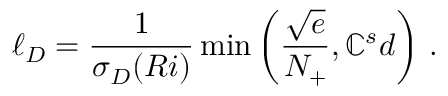
\ell _ { D } = \frac { 1 } { \sigma _ { D } ( R i ) } \operatorname* { m i n } \left( \frac { \sqrt { e } } { N _ { + } } , \mathbb { C } _ { } ^ { s } d \right) \, .